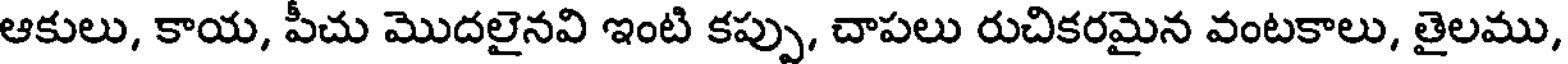
ఆకులు, కాయ, పీచు మొదలైనవి ఇంటి కప్పు, చాపలు రుచికరమైన వంటకాలు, తైలము,